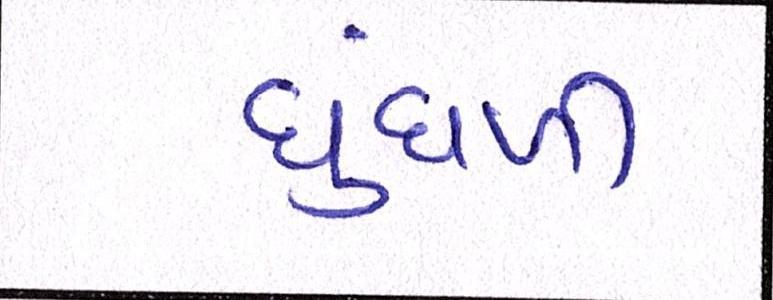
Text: ધુંધળી